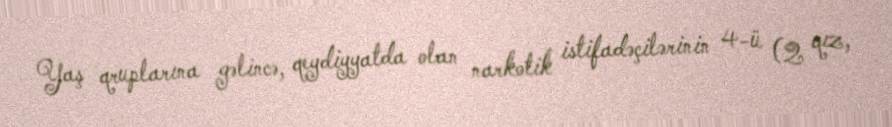
Yaş qruplarına gəlincə, qeydiyyatda olan narkotik istifadəçilərinin 4-ü (2 qız,